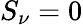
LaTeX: S_{\nu}=0